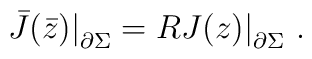
\bar J(\bar z)\bigr|_{\partial\Sigma} = R  J(z)\bigr|_{\partial\Sigma}~.